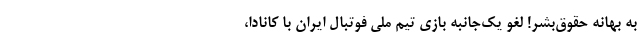
به بهانه حقوق‌بشر! لغو یک‌جانبه بازی تیم ملی فوتبال ایران با کانادا،